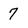
Character: 7